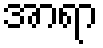
အာရာ